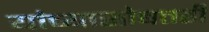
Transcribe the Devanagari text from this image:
यांच्यासोबतही